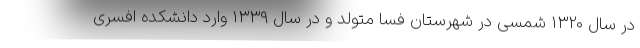
در سال ۱۳۲۰ شمسی در شهرستان فسا متولد و در سال ۱۳۳۹ وارد دانشکده افسری